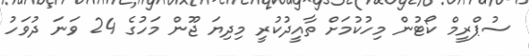
ސުޕްރީމް ކޯޓުން މިހުކުމަށް ތާއީދުކުރީ މިދިޔަ ޖޫން މަހުގެ 24 ވަނަ ދުވަހު